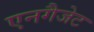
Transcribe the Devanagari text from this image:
एनगैजेट